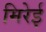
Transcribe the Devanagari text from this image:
मिरेई